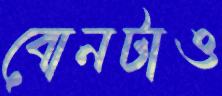
বোনটাও